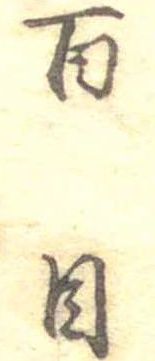
百目